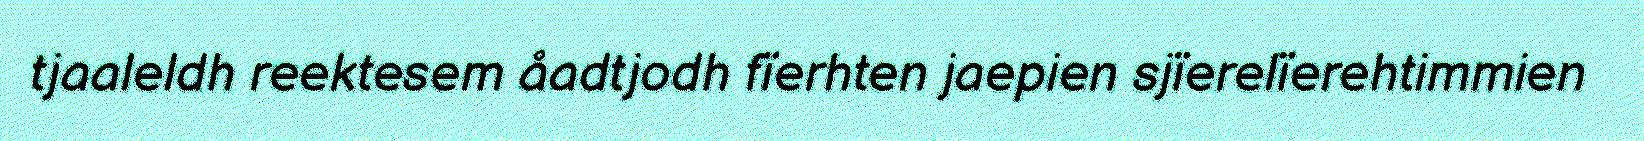
tjaaleldh reektesem åadtjodh fïerhten jaepien sjïerelïerehtimmien